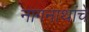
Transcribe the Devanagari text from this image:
नागनाथांचे